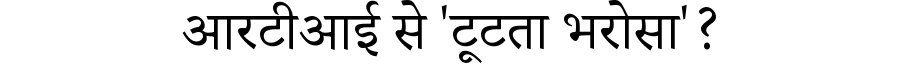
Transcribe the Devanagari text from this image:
आरटीआई से 'टूटता भरोसा'?